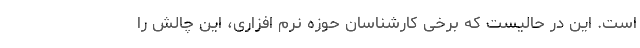
است. این در حالیست که برخی کارشناسان حوزه نرم افزاری، این چالش را